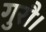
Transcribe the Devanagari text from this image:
गुरौ।